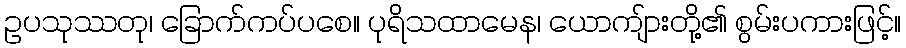
ဥပသုဿတု၊ ခြောက်ကပ်ပစေ။ ပုရိသထာမေန၊ ယောကျ်ားတို့၏ စွမ်းပကားဖြင့်။